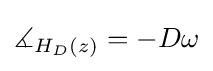
\measuredangle _{H_{D}(z)}=-D\omega